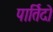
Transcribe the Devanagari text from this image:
पार्तिदो